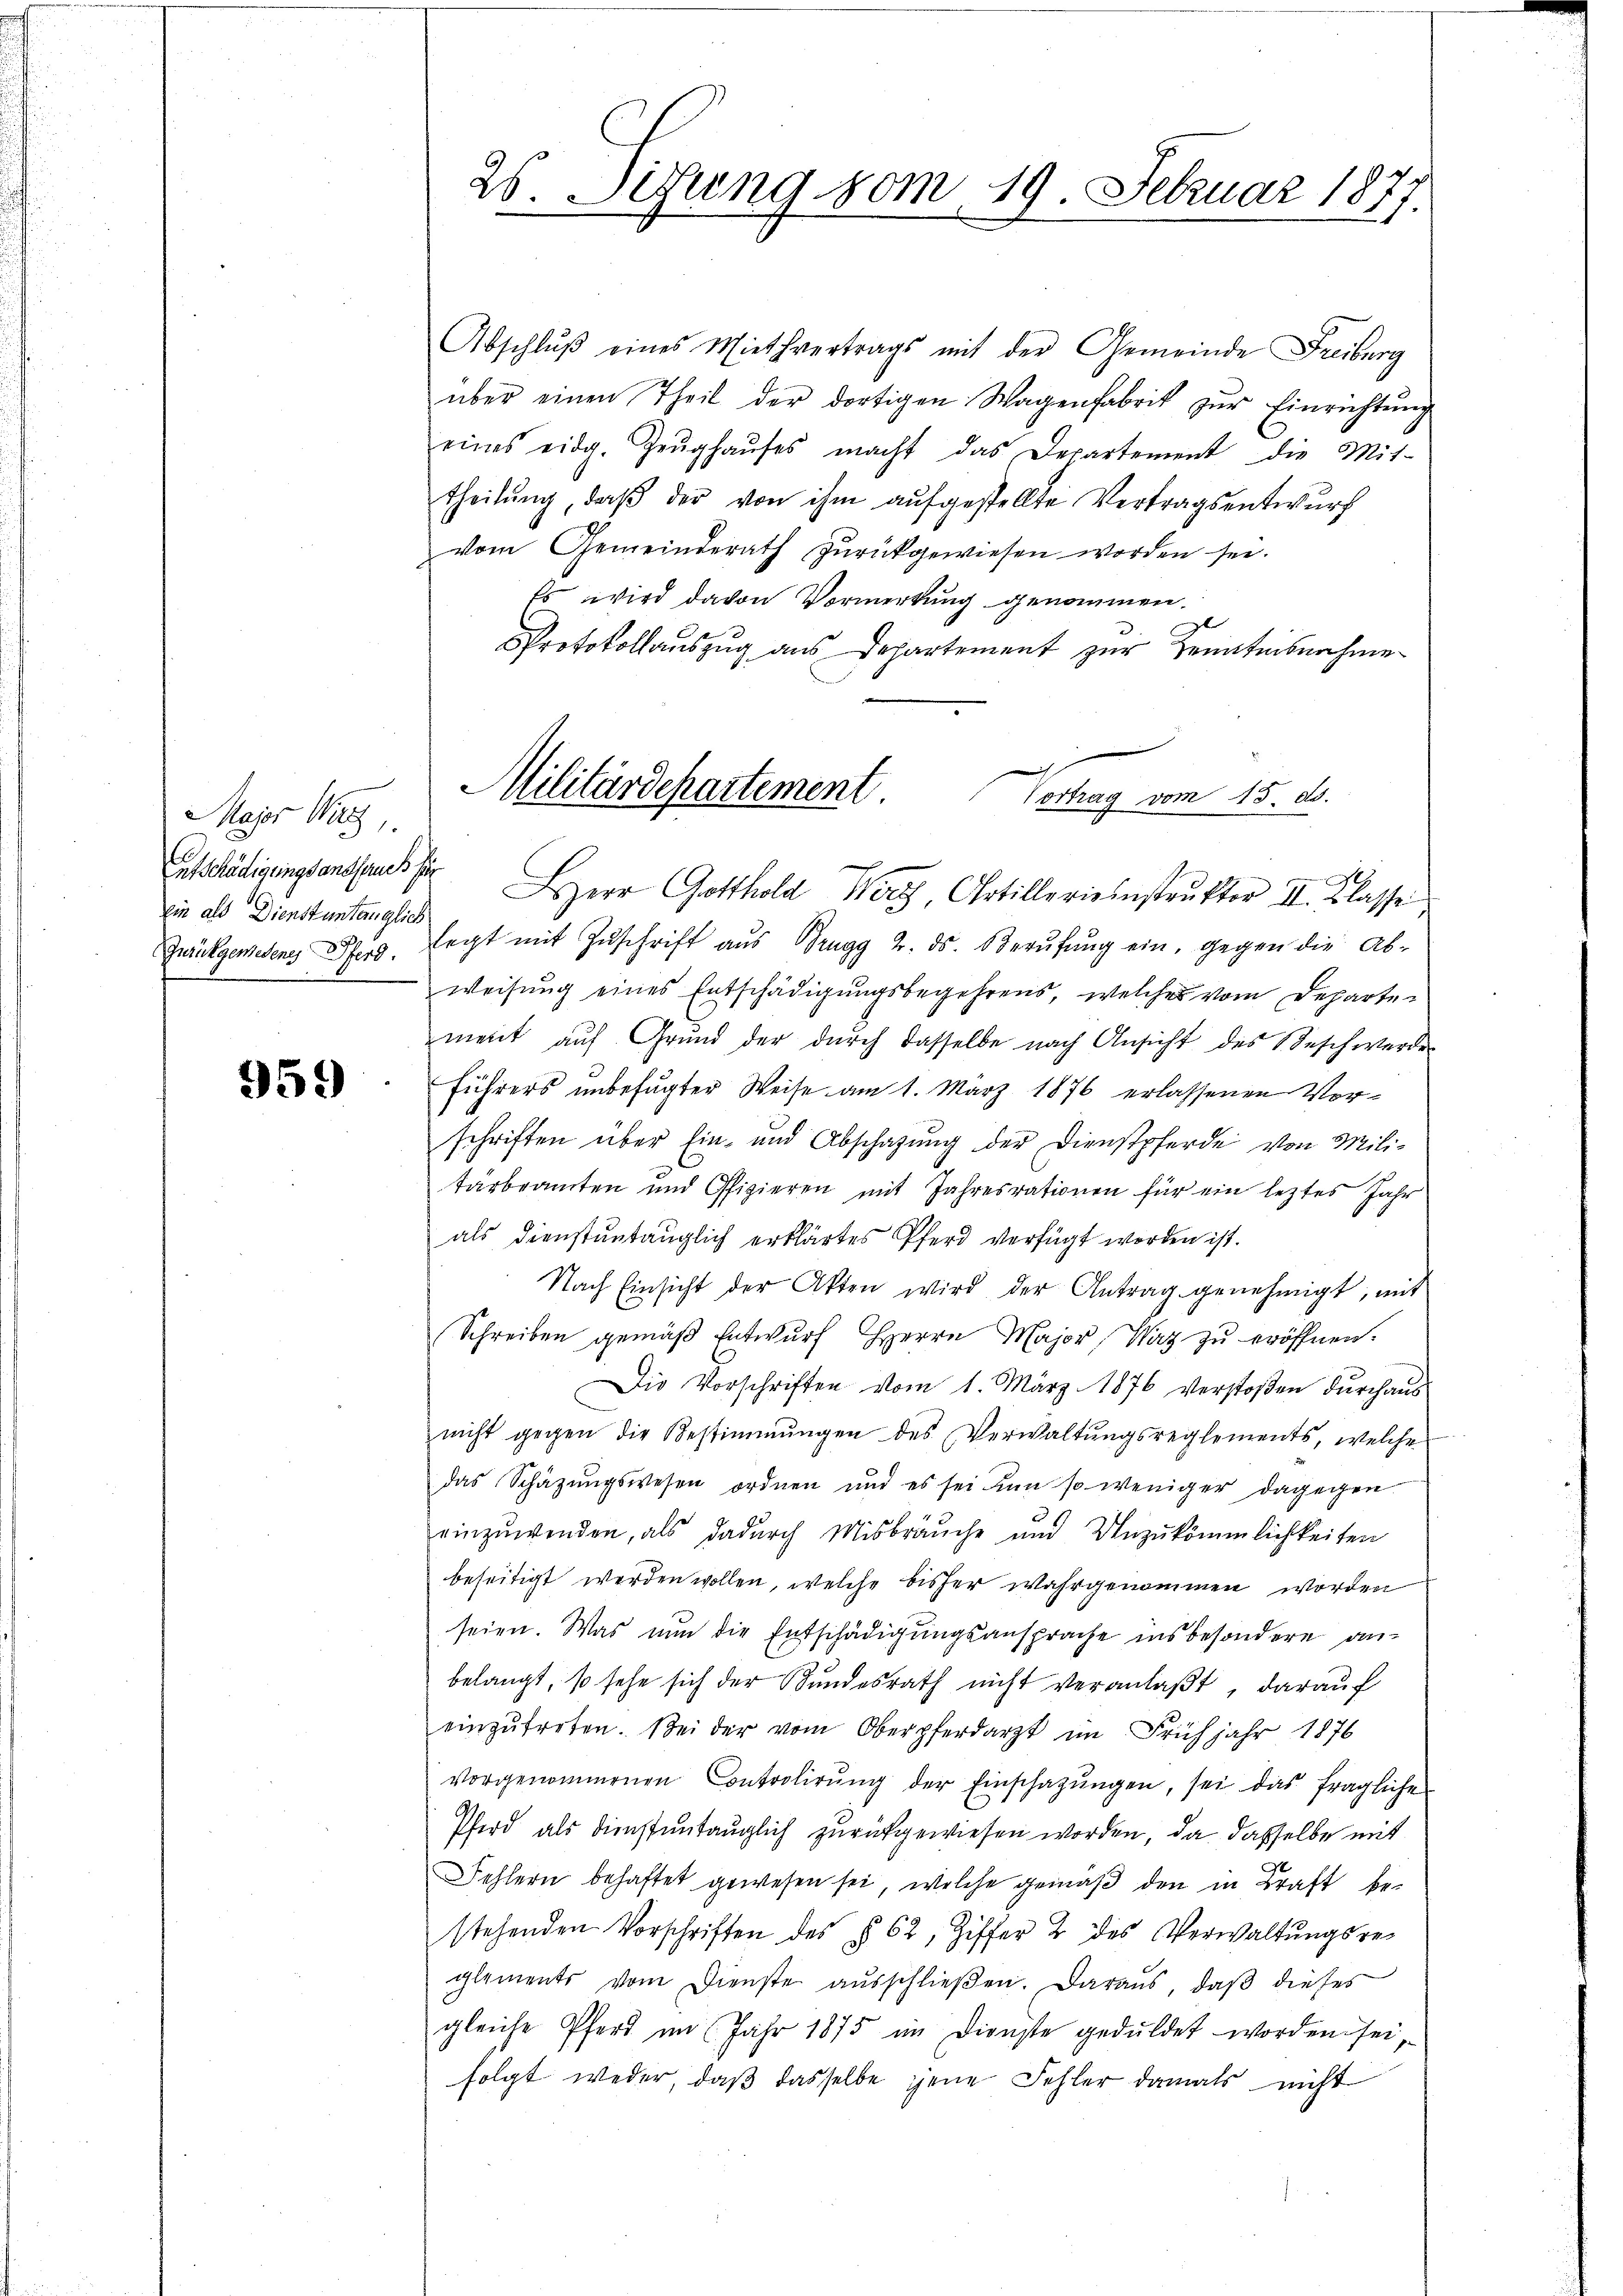
Major Wirt
Entschädigungsanspruch für
Ein als Dienstuntenglich

959

25. Lesung vom 19. Februar 1877.

Abschlŭβ eines Miethvertrags mit der Gemeinde Freiburg
über einen Theil der dortigen Wagenfabrik zŭr Einrichtŭng
eines eidg. Zeŭghaŭses macht das Departement die Mit-
theilŭng, daβ der von ihm aŭfgestellte Vertragsentwurf
vom Gemeinderath zŭrückgewiesen worden sei.
Es wird davon Vormerkung genommen.
Protokollauszug aus Departement zur Kenntnisnahme

Militärdepartement Vertrag vom 15. d.
HHerr Gotthold Wert Artillerieinstrukter II. Klasse

Zurückgewesenes Pferd legt mit Zŭschrift aus Brugg 2. ds. Berŭfŭng ein, gegen die Ab-
weisung eines Entschädigungsbegehrens, welches vom Departement auf Grund der durch dasselbe nach Ansicht des Beschwerde
Führers unbefugter Weise am 1. März 1876 erlassenen Vorschriften über Ein- und Abschafŭng der Dienstpferde von Mili-
tärbeamten und Offizieren mit Jahresrationen für ein leztes Jahr
als dienstantauglich erklärtes Pferd verfügt worden ist.
Nach Einsicht der Akten wird der Antrag genehmigt, mit
Schreiben gemäß Entwurf Herrn Major (Waz zu eröffnen.
Die Vorschriften vom 1. März 1876 verstoβen dŭrchaŭs
nicht gegen die Bestimmungen des Verwaltungsreglements, welche
das Schätzungswesen ordnen und es sei nun so weniger dagegen
einzuwenden, als dadurch Misbräuche und Unzukömmlichkeiten
beseitigt werden wollen, welche bisher wahrgenommen worden
seien. Was nun die Entschädigungsansprache insbesondere anbelangt, so sehe sich der Bundesrath nicht veranlaßt, darauf
einzŭtreten. Bei der vom Oberpferdarzt im Frühjahr 1876
vorgenommenen Controlirŭng der Einschatzŭngen, sei das fragliche
Pferd als dienstuntauglich zurückgewiesen worden, da dasselbe mit
Fehlern behaftet gewesen sei, welche gemäß den in Kraft bestehenden Vorschriften des § 62, Ziffer 2 des Verwaltungsreglements vom Dienste ausschließen. Daraus, daß dieses
gleiche Pferd im Jahr 1875 im Dienste geduldet worden sei,
folgt weder, daß dasselbe jene Fehler damals nicht